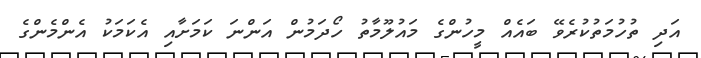
އަދި ތުހުމަތުކުރެވޭ ބައެެއް މީހުންގެ މައުލޫމާތު ހޯދަމުން އަންނަ ކަމަށާއި އެކަމަކު އެންމެންގެ